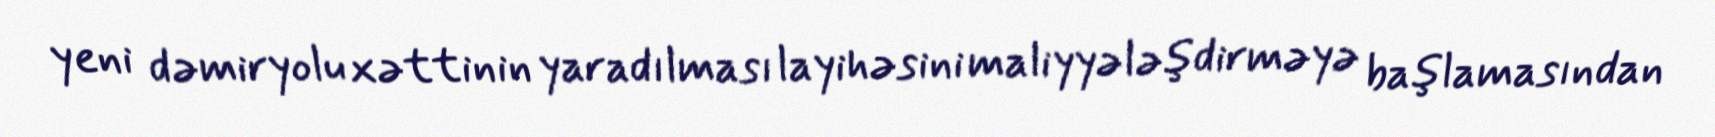
yeni dəmiryolu xəttinin yaradılması layihəsini maliyyələşdirməyə başlamasından